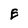
Character: E